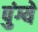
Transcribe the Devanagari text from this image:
पुंग्ये